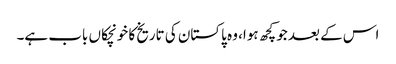
اس کے بعد جو کچھ ہوا، وہ پاکستان کی تاریخ کا خونچکاں باب ہے۔